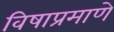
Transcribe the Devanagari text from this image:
विषाप्रमाणे